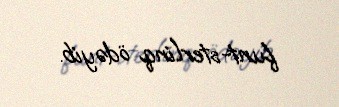
funt-sterlinq ödəyib.